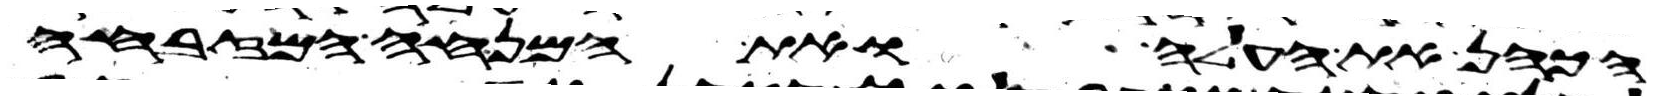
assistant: הכהן את העלה ואת המנחה המזבחה